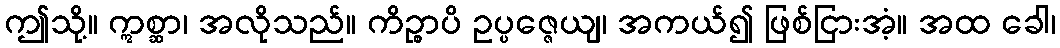
ဤသို့။ ဣစ္ဆာ၊ အလိုသည်။ ကိဉ္စာပိ ဥပ္ပဇ္ဇေယျ၊ အကယ်၍ ဖြစ်ငြားအံ့။ အထ ခေါ၊